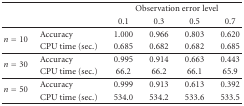
<table><thead><tr><td><b> </b></td><td><b> </b></td><td colspan="4"><b>Observation error level </b></td></tr><tr><td><b> </b></td><td><b> </b></td><td><b>0.1 </b></td><td><b>0.3</b></td><td><b>0.5</b></td><td><b>0.7</b></td></tr></thead><tbody><tr><td rowspan="2"><i>n</i> = 10</td><td>Accuracy </td><td>1.000</td><td>0.966</td><td>0.803</td><td>0.620</td></tr><tr><td>CPU time (sec.) </td><td>0.685 </td><td>0.682 </td><td>0.682 </td><td>0.685 </td></tr><tr><td rowspan="2"><i>n</i> = 30</td><td>Accuracy </td><td>0.995</td><td>0.914</td><td>0.663</td><td>0.443</td></tr><tr><td>CPU time (sec.) </td><td> 66.2 </td><td> 66.2 </td><td> 66.1 </td><td> 65.9 </td></tr><tr><td rowspan="2"><i>n</i> = 50</td><td>Accuracy </td><td>0.999</td><td>0.913</td><td>0.613</td><td>0.392</td></tr><tr><td>CPU time (sec.) </td><td>534.0 </td><td>534.2 </td><td>533.6 </td><td>533.5 </td></tr></tbody></table>